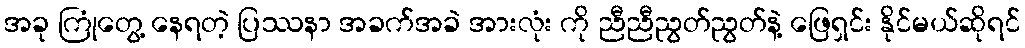
အခု ကြုံတွေ့ နေရတဲ့ ပြဿနာ အခက်အခဲ အားလုံး ကို ညီညီညွတ်ညွတ်နဲ့ ဖြေရှင်း နိုင်မယ်ဆိုရင်